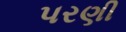
પરણી